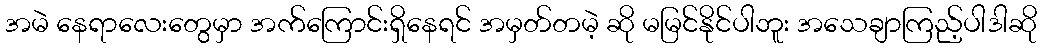
အမဲ နေရာလေးတွေမှာ အက်ကြောင်းရှိနေရင် အမှတ်တမဲ့ ဆို မမြင်နိုင်ပါဘူး အသေချာကြည့်ပါဒါဆို